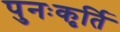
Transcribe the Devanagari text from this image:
पुनःकृर्ति